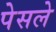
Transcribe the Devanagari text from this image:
पेसले